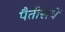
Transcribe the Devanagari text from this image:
पैतीसवें